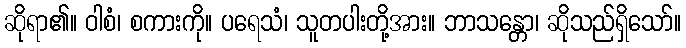
ဆိုရာ၏။ ဝါစံ၊ စကားကို။ ပရေသံ၊ သူတပါးတို့အား။ ဘာသန္တော၊ ဆိုသည်ရှိသော်။